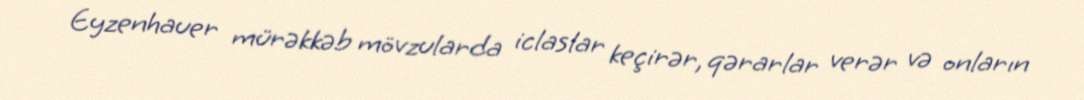
Eyzenhauer mürəkkəb mövzularda iclaslar keçirər, qərarlar verər və onların